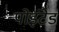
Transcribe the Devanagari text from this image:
पोइंटेड